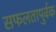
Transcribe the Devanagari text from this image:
सफलतापुर्वक